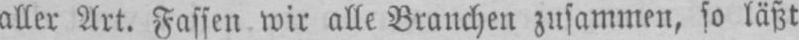
aller Art. Fassen wir alle Branchen zusammen, so läßt